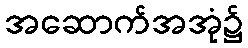
အဆောက်အအုံ၌